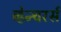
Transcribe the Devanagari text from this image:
व्हेन्चरर्स